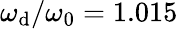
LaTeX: \omega_{\mathrm{d}}/\omega_{0}=1.015